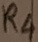
Text: R4